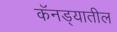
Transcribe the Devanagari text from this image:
कॅनड्यातील